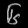
Digit: ၆